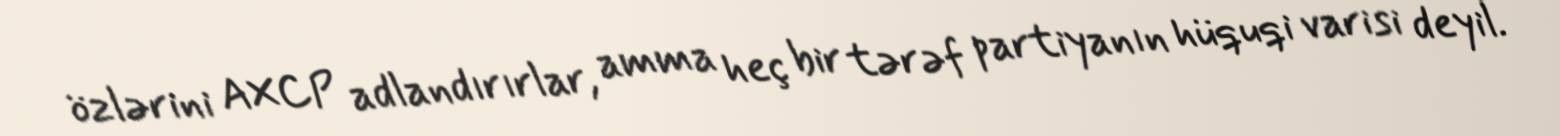
özlərini AXCP adlandırırlar, amma heç bir tərəf partiyanın hüquqi varisi deyil.